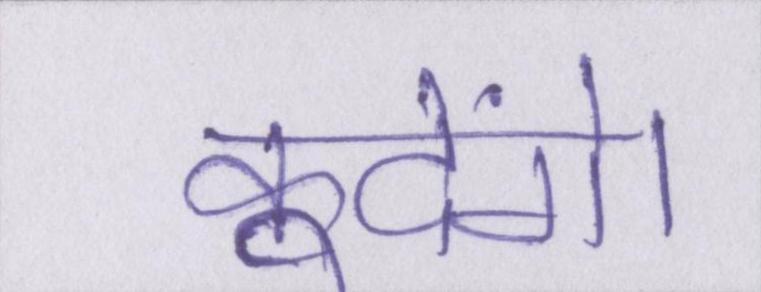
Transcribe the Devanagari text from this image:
कूदेंगे।